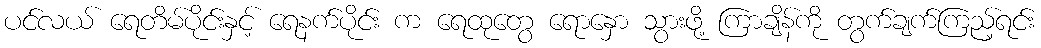
ပင်လယ် ရေတိမ်ပိုင်းနှင့် ရေနက်ပိုင်း က ရေထုတွေ ရောနှော သွားဖို့ ကြာချိန်ကို တွက်ချက်ကြည့်ရင်း